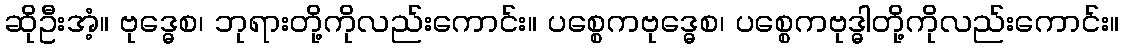
ဆိုဦးအံ့။ ဗုဒ္ဓေစ၊ ဘုရားတို့ကိုလည်းကောင်း။ ပစ္စေကဗုဒ္ဓေစ၊ ပစ္စေကဗုဒ္ဓါတို့ကိုလည်းကောင်း။